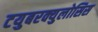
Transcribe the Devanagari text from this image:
टयुबरक्युलोसिस